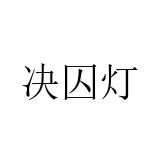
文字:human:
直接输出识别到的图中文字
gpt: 决囚灯